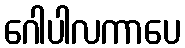
ဂေါပါလကာပေ